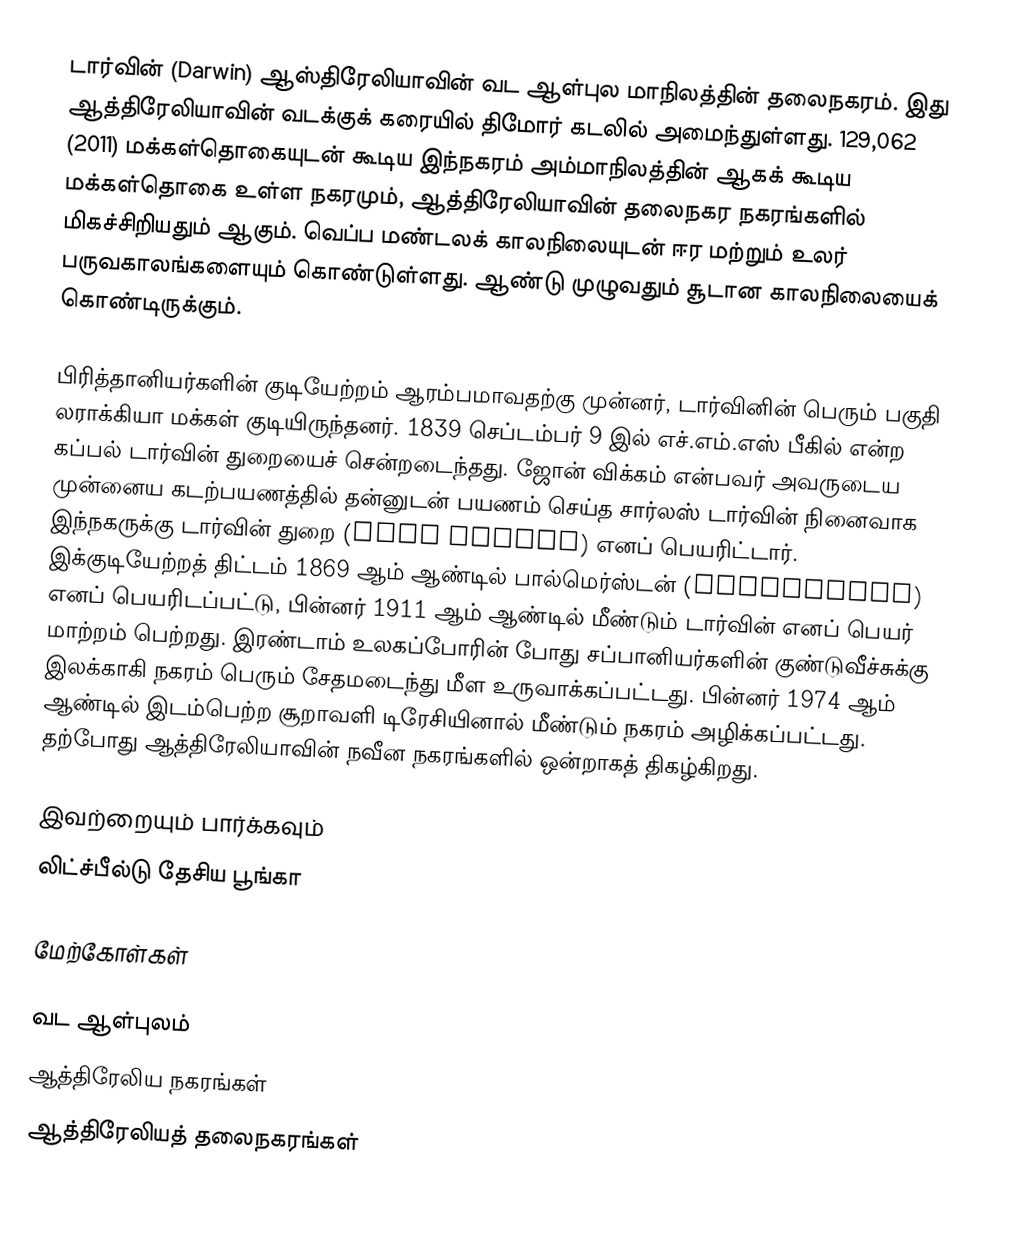
டார்வின் (Darwin) ஆஸ்திரேலியாவின் வட ஆள்புல மாநிலத்தின் தலைநகரம். இது ஆத்திரேலியாவின் வடக்குக் கரையில் திமோர் கடலில் அமைந்துள்ளது. 129,062 (2011) மக்கள்தொகையுடன் கூடிய இந்நகரம் அம்மாநிலத்தின் ஆகக் கூடிய மக்கள்தொகை உள்ள நகரமும், ஆத்திரேலியாவின் தலைநகர நகரங்களில் மிகச்சிறியதும் ஆகும். வெப்ப மண்டலக் காலநிலையுடன் ஈர மற்றும் உலர் பருவகாலங்களையும் கொண்டுள்ளது. ஆண்டு முழுவதும் சூடான காலநிலையைக் கொண்டிருக்கும்.

பிரித்தானியர்களின் குடியேற்றம் ஆரம்பமாவதற்கு முன்னர், டார்வினின் பெரும் பகுதி லராக்கியா மக்கள் குடியிருந்தனர். 1839 செப்டம்பர் 9 இல் எச்.எம்.எஸ் பீகில் என்ற கப்பல் டார்வின் துறையைச் சென்றடைந்தது. ஜோன் விக்கம் என்பவர் அவருடைய முன்னைய கடற்பயணத்தில் தன்னுடன் பயணம் செய்த சார்லஸ் டார்வின் நினைவாக இந்நகருக்கு டார்வின் துறை (Port Darwin) எனப் பெயரிட்டார். இக்குடியேற்றத் திட்டம் 1869 ஆம் ஆண்டில் பால்மெர்ஸ்டன் (Palmerston) எனப் பெயரிடப்பட்டு, பின்னர் 1911 ஆம் ஆண்டில் மீண்டும் டார்வின் எனப் பெயர் மாற்றம் பெற்றது. இரண்டாம் உலகப்போரின் போது சப்பானியர்களின் குண்டுவீச்சுக்கு இலக்காகி நகரம் பெரும் சேதமடைந்து மீள உருவாக்கப்பட்டது. பின்னர் 1974 ஆம் ஆண்டில் இடம்பெற்ற சூறாவளி டிரேசியினால் மீண்டும் நகரம் அழிக்கப்பட்டது. தற்போது ஆத்திரேலியாவின் நவீன நகரங்களில் ஒன்றாகத் திகழ்கிறது.

இவற்றையும் பார்க்கவும்
லிட்ச்பீல்டு தேசிய பூங்கா

மேற்கோள்கள்

வட ஆள்புலம்
ஆத்திரேலிய நகரங்கள்
ஆத்திரேலியத் தலைநகரங்கள்